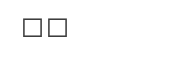
١٧